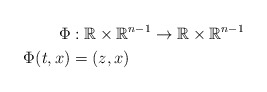
\begin{align*}\Phi & :\mathbb{R}\times\mathbb{R}^{n-1}\rightarrow\mathbb{R}\times\mathbb{R}^{n-1}\\\Phi(t,x) & =(z,x)\end{align*}